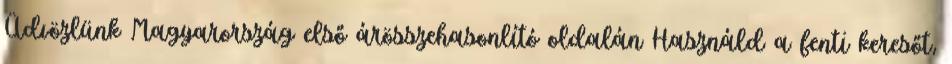
Üdvözlünk Magyarország első árösszehasonlító oldalán Használd a fenti keresőt,